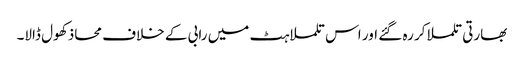
بھارتی تلملا کر رہ گئے اور اس تلملاہٹ میں رابی کے خلاف محاذ کھول ڈالا۔